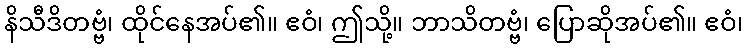
နိသီဒိတဗ္ဗံ၊ ထိုင်နေအပ်၏။ ဧဝံ၊ ဤသို့။ ဘာသိတဗ္ဗံ၊ ပြောဆိုအပ်၏။ ဧဝံ၊